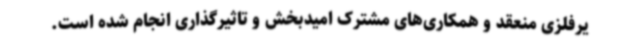
یرفلزی منعقد و همکاری‌های مشترک امیدبخش و تاثیرگذاری انجام شده است.